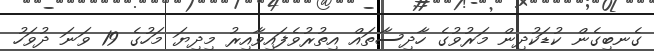
ގެނބިގެން ކުޑަކުދިން މަރުވުގެ ހާދިސާތައް އިތުރުވެފައިވާއިރު މިދިޔަ މަހުގެ 19 ވަނަ ދުވަހު